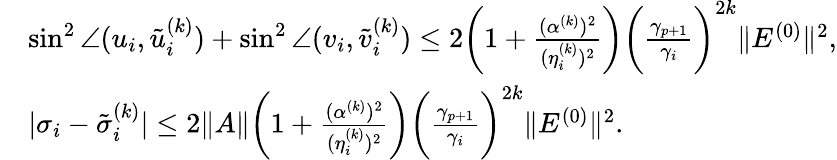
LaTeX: \begin{array}{rl}&{\sin^{2}\angle(u_{i},\tilde{u}_{i}^{(k)})+\sin^{2}\angle(v_{i},\tilde{v}_{i}^{(k)})\leq 2\biggl(1+\frac{(\alpha^{(k)})^{2}}{(\eta_{i}^{(k)})^{2}}\biggr)\biggl(\frac{\gamma_{p+1}}{\gamma_{i}}\biggr)^{2k}\| E^{(0)}\| ^{2},}\\ &{|\sigma_{i}-\tilde{\sigma}_{i}^{(k)}|\leq 2\| A\| \biggl(1+\frac{(\alpha^{(k)})^{2}}{(\eta_{i}^{(k)})^{2}}\biggr)\biggl(\frac{\gamma_{p+1}}{\gamma_{i}}\biggr)^{2k}\| E^{(0)}\| ^{2}.}\end{array}